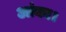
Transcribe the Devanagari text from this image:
आंका।